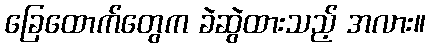
ခြေထောက်တွေက ခဲဆွဲထားသည့် အလား။